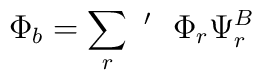
\Phi_b = \sum_r~^{\prime}~~\Phi_r \Psi_r^B